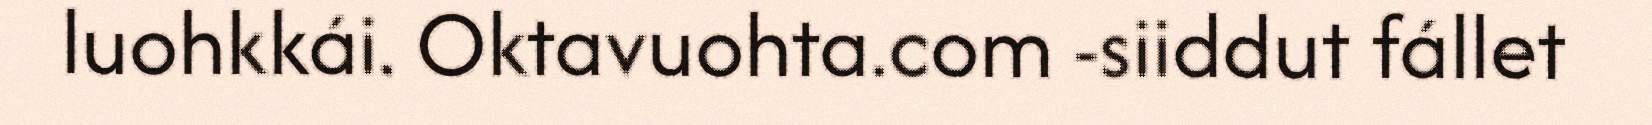
luohkkái. Oktavuohta.com -siiddut fállet